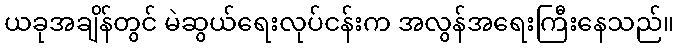
ယခုအချိန်တွင် မဲဆွယ်ရေးလုပ်ငန်းက အလွန်အရေးကြီးနေသည်။